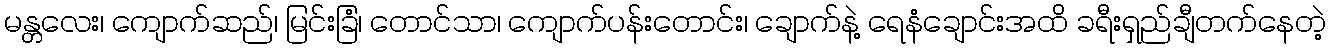
မန္တလေး၊ ကျောက်ဆည်၊ မြင်းခြံ၊ တောင်သာ၊ ကျောက်ပန်းတောင်း၊ ချောက်နဲ့ ရေနံချောင်းအထိ ခရီးရှည်ချီတက်နေတဲ့